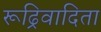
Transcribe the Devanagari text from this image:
रूढ्रिवादिता